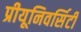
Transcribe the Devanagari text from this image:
प्रीयूनिवर्सिटी